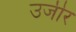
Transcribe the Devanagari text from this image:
उजीर